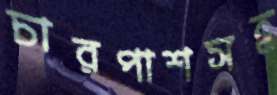
চারপাশসহ